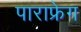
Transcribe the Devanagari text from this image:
पाराफ्रेग